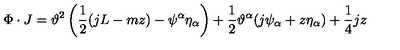
\Phi \cdot J = \vartheta ^ { 2 } \left( \frac { 1 } { 2 } ( j L - m z ) - \psi ^ { \alpha } \eta _ { \alpha } \right) + \frac { 1 } { 2 } \vartheta ^ { \alpha } ( j \psi _ { \alpha } + z \eta _ { \alpha } ) + \frac { 1 } { 4 } j z